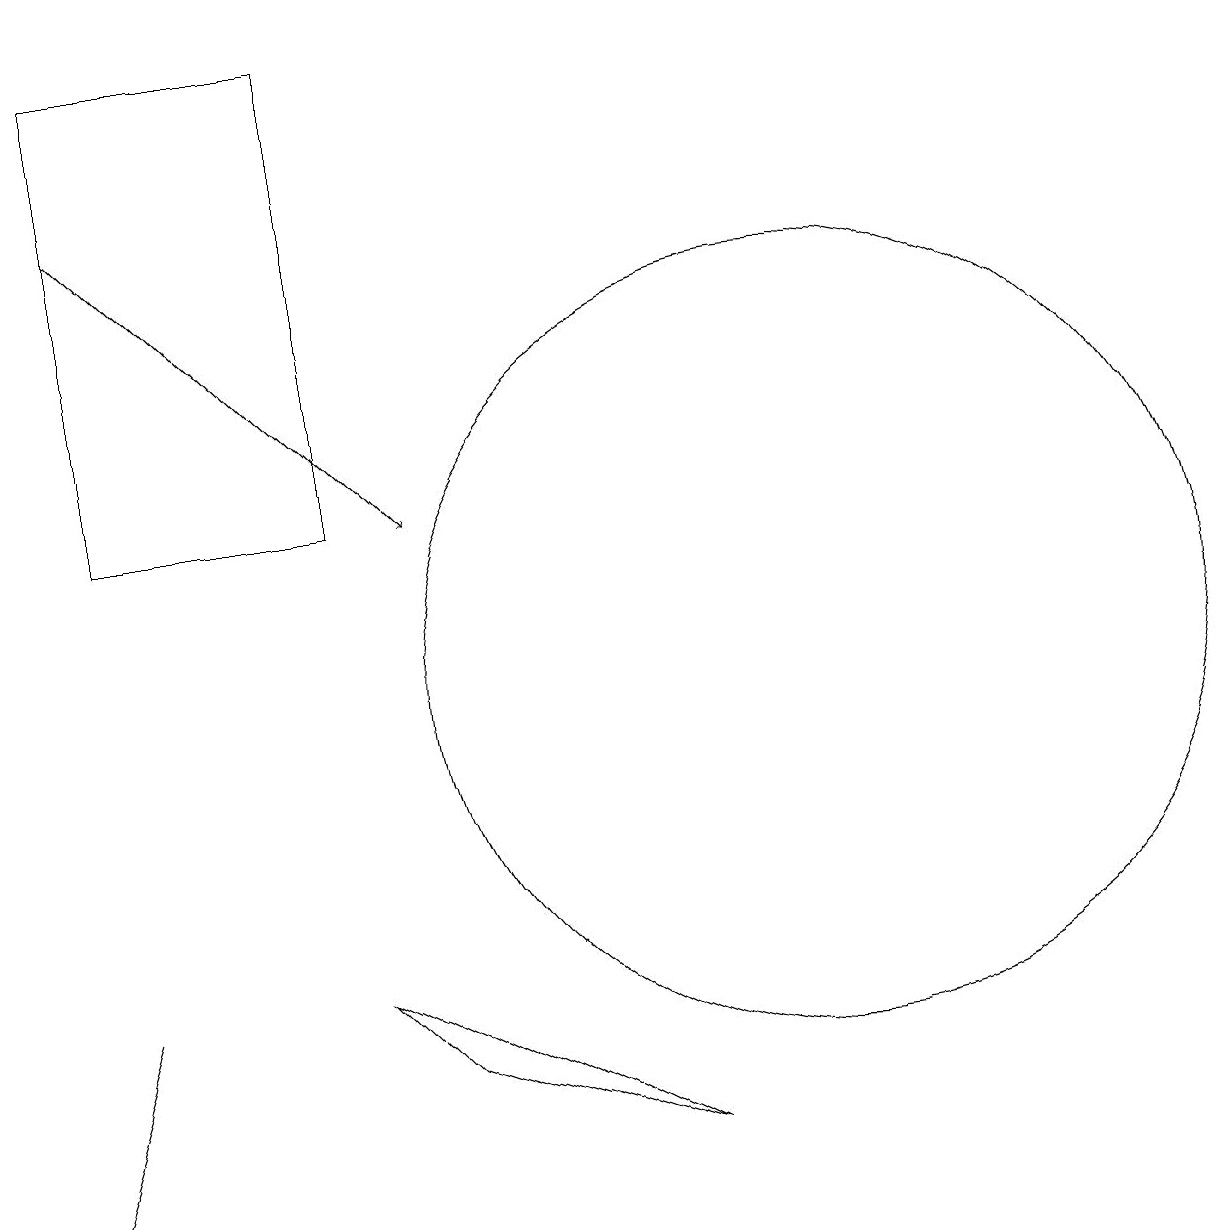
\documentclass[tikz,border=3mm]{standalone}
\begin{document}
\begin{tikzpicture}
\draw (10,11) circle (5);
\draw[->] (1,17) -- (5,13);
\draw (4,7) -- (8,5) -- (5,6) -- cycle;
\draw (1,13) rectangle (4,19);
\draw (1,7) -- (1,7) -- (0,4) -- cycle;
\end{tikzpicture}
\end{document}